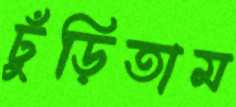
ঢুঁড়িতাম